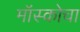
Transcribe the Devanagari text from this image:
मॉस्कोचा